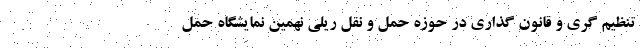
تنظیم گری و قانون گذاری در حوزه حمل و نقل ریلی نهمین نمایشگاه حمل